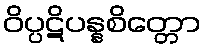
ဝိပ္ပဋိပန္နစိတ္တော